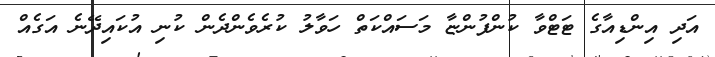
އަދި އިންޑިއާގެ ޓަޓްވާ ކުންފުންޏާ މަސައްކަތް ހަވާލު ކުރެވެންދެން ކުނި އުކައިދޭނެ އަގެއް